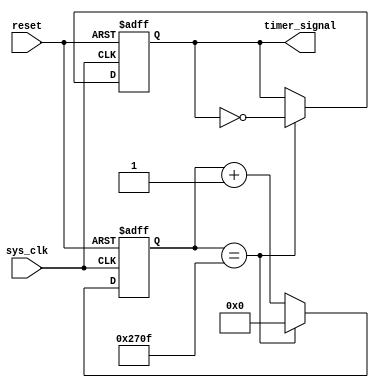
module Periodic_Timer(
    input wire sys_clk,
    input wire reset,
    output reg timer_signal
);

reg [15:0] count;

always @ (posedge sys_clk or posedge reset) begin
    if (reset) begin
        count <= 16'd0;
        timer_signal <= 1'b0;
    end else begin
        if (count == 16'd9999) begin
            count <= 16'd0;
            timer_signal <= ~timer_signal;
        end else begin
            count <= count + 1;
            timer_signal <= timer_signal;
        end
    end
end

endmodule